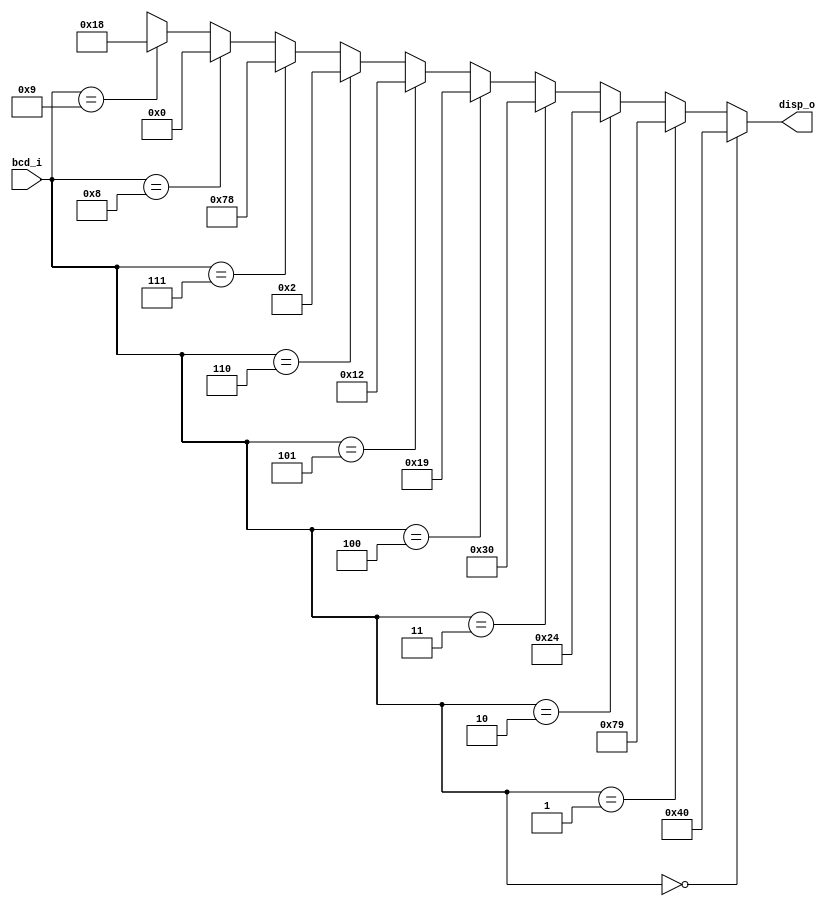
// CPEN 230L lab 8, BCD to 7-segment display decoder
// Rick Nungester, 2/27/16

module dec7seg (
  input [3:0] bcd_i,     // BCD digit in
  output [6:0] disp_o);  // 7-segment display drive out

  // display segment number:           6543210
  assign disp_o = (bcd_i == 4'd0) ? 7'b1000000 :
                  (bcd_i == 4'd1) ? 7'b1111001 :
                  (bcd_i == 4'd2) ? 7'b0100100 :
                  (bcd_i == 4'd3) ? 7'b0110000 :
                  (bcd_i == 4'd4) ? 7'b0011001 :
                  (bcd_i == 4'd5) ? 7'b0010010 :
                  (bcd_i == 4'd6) ? 7'b0000010 :
                  (bcd_i == 4'd7) ? 7'b1111000 :
                  (bcd_i == 4'd8) ? 7'b0000000 :
                  (bcd_i == 4'd9) ? 7'b0011000 :
                                    7'bxxxxxxx;
endmodule